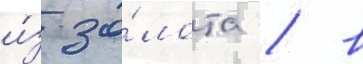
и́з зо́лота / в